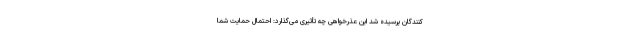
کنندگان پرسیده شد این عذر‌خواهی چه تأثیری می‌گذارد: احتمال حمایت شما